Civil Veterinary Department Bihar & Orissa reports 1922-29 - 1922-1929
Year: 1922
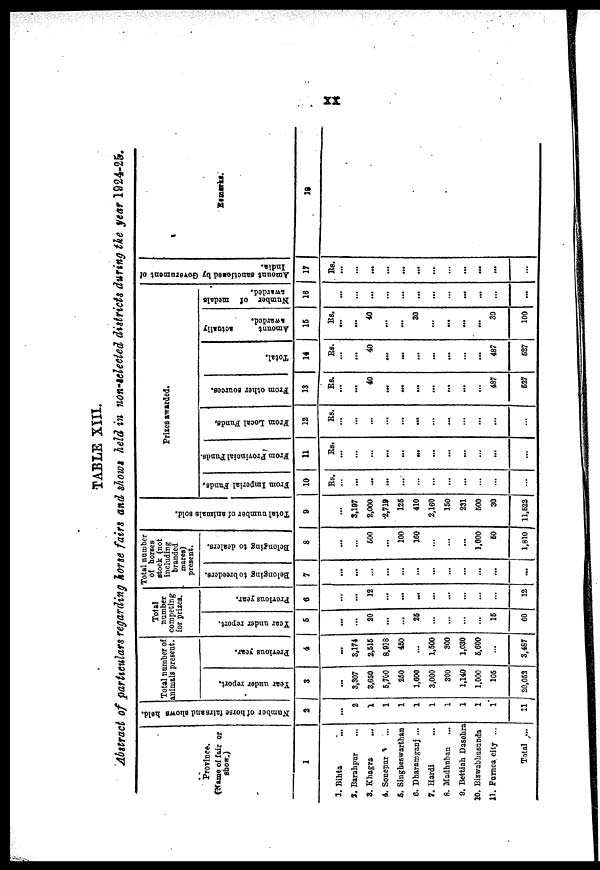
TABLE XIII.
Abstract of particulars regarding horse fairs and shows held in non-selected districts during the year 1924-25.
Province.
(Name of fair or
show.)
1
1. Bihta
2. Barahpur
3. Khagra
...
4. Sonepur
5, Singheswarthan
6. Dharamganj ...
7. Hardi
8. Madhuban
...
9. Bettiah Dasehra
10. Biswabhusunda
11. Purnea city ...
Total ...
Number of horse
fairsand shows held.
2
...
2
1
1
1
1
1
1
1
1
1
11
Total number of
animals present.
Year under report.
3
...
8,307
3,650
6,700
260
1,600
3,000
300
1,140
1,000
106
20,053
Previous yew.
4
...
3,174
2,516
8,938
450
...
1,500
300
1,030
5,600
3,48r
Total
number
competing
for prizes.
Year
under report.
5
...
...
20
...
...
26
...
...
...
15
60
Previous year.
6
...
12
...
...
...
...
12
Total number
of horses
stock (not
including
branded
mares)
present.
Belonging to breeders.
7
...
...
...
...
...
...
...
...
Belonging to dealers.
8
...
600
...
100
160
...
1,000
60
1,810
Tot al number of animale Bold.
9
...
3,197
2,000
2,719
125
410
2,160
150
231
500
30
11,522
Prizes awarded.
from Imperial Funds,
10
Rs.
...
...
...
...
...
...
...
From Provincial Funds.
11
Rs.
...
...
...
...
...
...
...
...
...
...
From Local Funds,
12
Rs.
...
...
...
...
...
...
...
...
...
From other sources.
13
Rs.
...
...
40
...
...
...
...
...
...
487
527
Total.
14
Rs.
...
...
40
...
...
...
...
...
...
487
627
Amount
actually
awarded.
16
Rs.
...
...
40
...
...
30
...
...
...
30
100
Number of medals
awarded.
16
...
...
...
...
...
...
...
...
...
...
...
Amount sanctionad by
Government of India.
17
Rs.
...
...
...
...
...
...
...
...
...
...
Remarks.
18